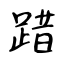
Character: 踖